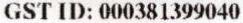
GST ID: 000381399040